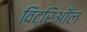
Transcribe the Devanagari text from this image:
विट्रिआँल